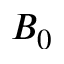
B _ { 0 }